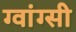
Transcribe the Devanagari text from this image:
ग्वांग्सी